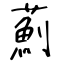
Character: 薊